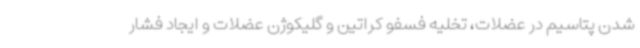
شدن پتاسیم در عضلات، تخلیه فسفو کراتین و گلیکوژن عضلات و ایجاد فشار